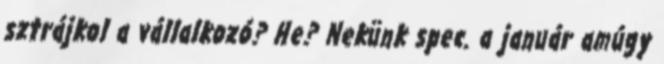
sztrájkol a vállalkozó? He? Nekünk spec. a január amúgy